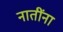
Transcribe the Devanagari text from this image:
नातींना